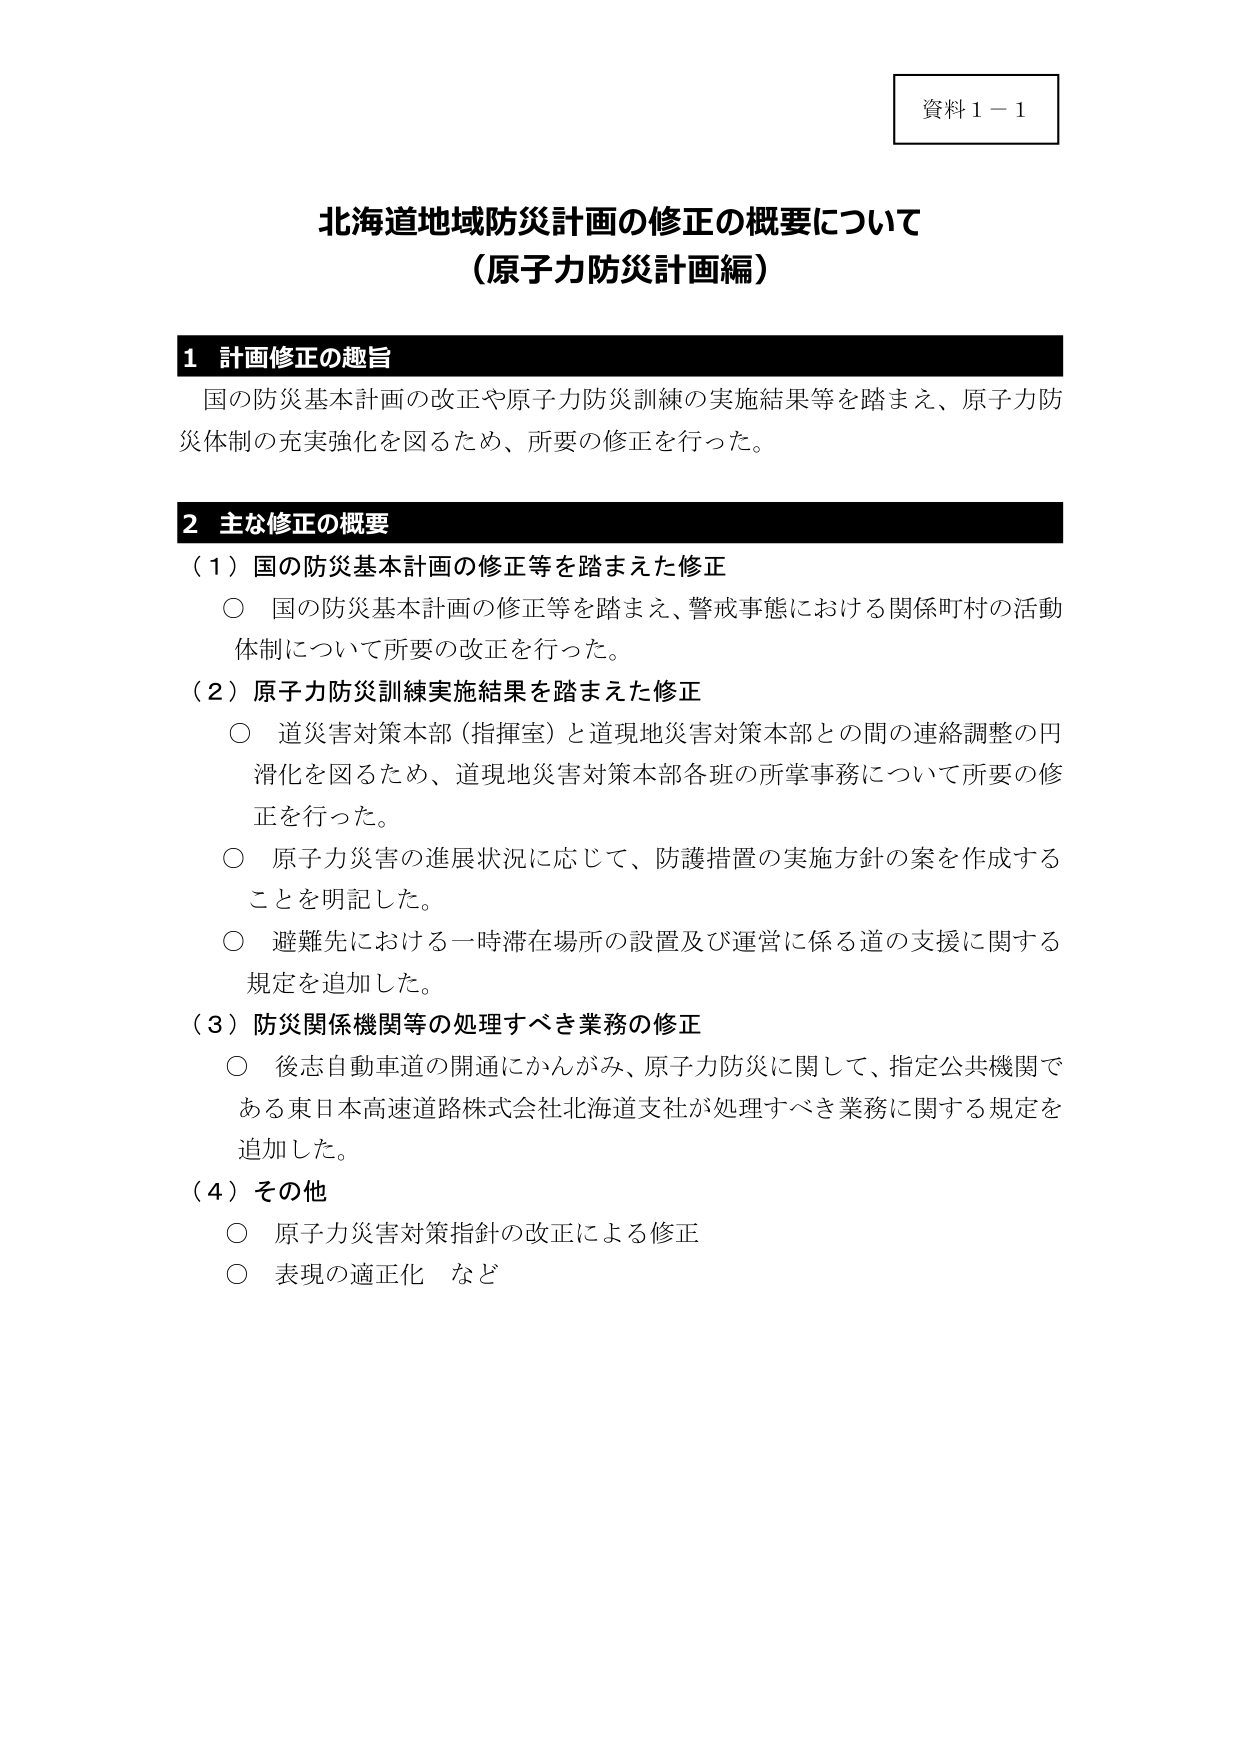
資料１－１

北海道地域防災計画の修正の概要について
（原子力防災計画編）

１ 計画修正の趣旨
国の防災基本計画の改正や原子力防災訓練の実施結果等を踏まえ、原子力防災体制の充実強化を図るため、所要の修正を行った。

２ 主な修正の概要
（１）国の防災基本計画の修正等を踏まえた修正
○ 国の防災基本計画の修正等を踏まえ、警戒事態における関係町村の活動体制について所要の改正を行った。

（２）原子力防災訓練実施結果を踏まえた修正
○ 道災害対策本部（指揮室）と道現地災害対策本部との間の連絡調整の円滑化を図るため、道現地災害対策本部各班の所掌事務について所要の修正を行った。
○ 原子力災害の進展状況に応じて、防護措置の実施方針の案を作成することを明記した。
○ 避難先における一時滞在場所の設置及び運営に係る道の支援に関する規定を追加した。

（３）防災関係機関等の処理すべき業務の修正
○ 後志自動車道の開通にかんがみ、原子力防災に関して、指定公共機関である東日本高速道路株式会社北海道支社が処理すべき業務に関する規定を追加した。

（４）その他
○ 原子力災害対策指針の改正による修正
○ 表現の適正化 など